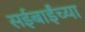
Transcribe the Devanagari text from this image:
सईबाईंच्या